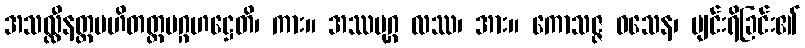
အသလ္လီနတ္တပဟိတတ္တပဂ္ဂဟဋ္ဌေတိ၊ ကား။ အဿပုဂ္ဂ လဿ၊ အား။ ကောသဇ္ဇ ဝသေန၊ ပျင်းရိခြင်း၏